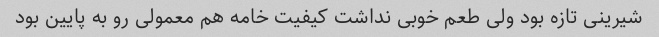
شیرینی تازه بود ولی طعم خوبی نداشت کیفیت خامه هم معمولی رو به پایین بود